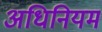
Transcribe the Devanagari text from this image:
अधिनियम